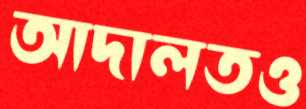
আদালতও